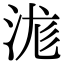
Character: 浝